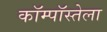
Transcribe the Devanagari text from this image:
कॉम्पॉस्तेला